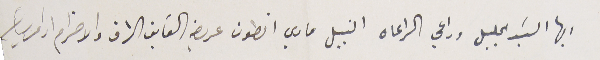
ايها السَيد الجليل وراعي الراعاه النبيل ماري انطون عريضه الفايق الشرف والاحترام ادام رياسته